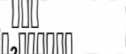
١٤٨